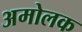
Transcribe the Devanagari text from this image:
अमोलक